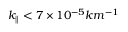
k _ { \parallel } < 7 \times 1 0 ^ { - 5 } k m ^ { - 1 }